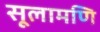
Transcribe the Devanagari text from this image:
सूलामणि